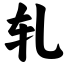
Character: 轧